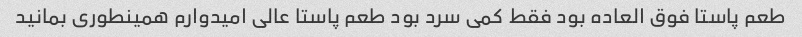
طعم پاستا فوق العاده بود فقط کمی سرد بود طعم پاستا عالی امیدوارم همینطوری بمانید